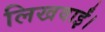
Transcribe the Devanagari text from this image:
लिखवाईं।